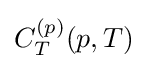
C_{T}^{(p)}(p,T)\